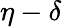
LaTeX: \eta-\delta